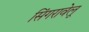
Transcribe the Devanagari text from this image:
सिंगरावेलू